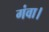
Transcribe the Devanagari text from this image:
गंवा।